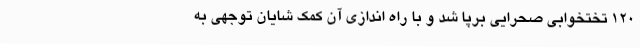
۱۲۰ تختخوابی صحرایی برپا شد و با راه اندازی آن کمک شایان توجهی به